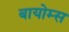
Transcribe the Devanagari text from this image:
बायोम्स